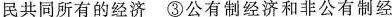
民共同所有的经济 ③公有制经济和非公有制经